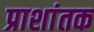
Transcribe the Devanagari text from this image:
प्राशांतक